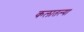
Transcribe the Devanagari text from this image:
कलातल्या